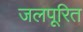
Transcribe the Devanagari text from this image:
जलपूरित